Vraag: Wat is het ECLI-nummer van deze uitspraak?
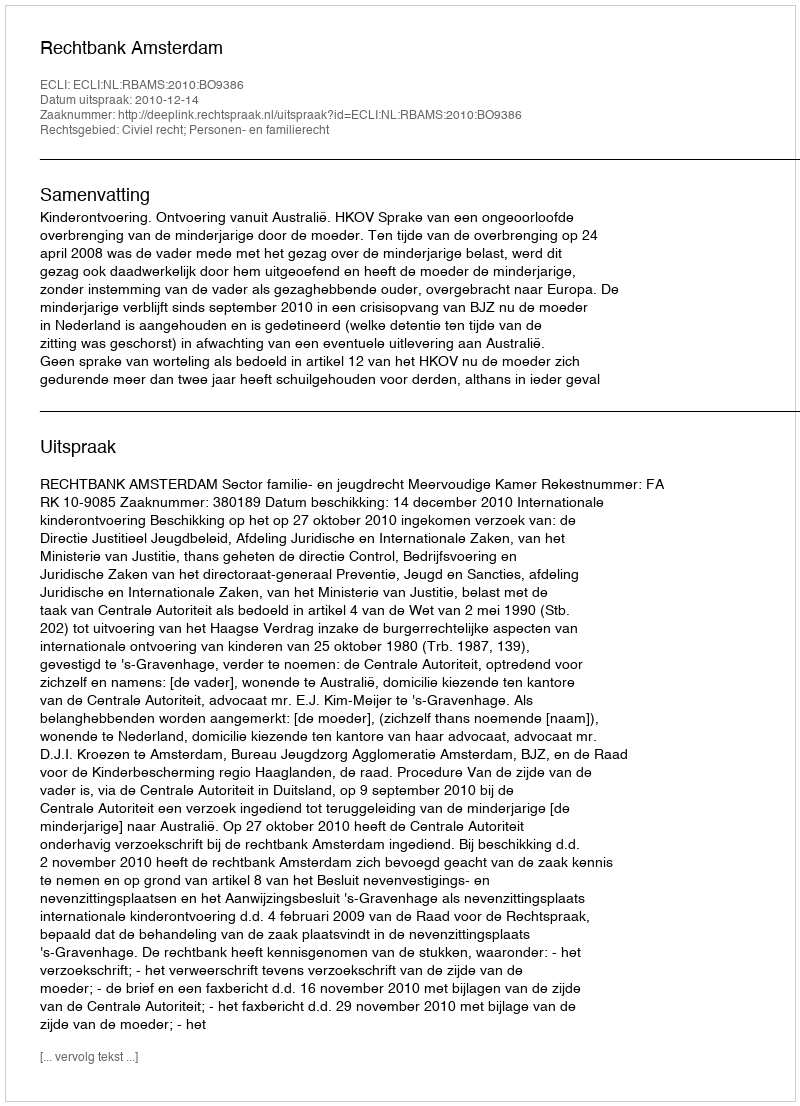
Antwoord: ECLI:NL:RBAMS:2010:BO9386